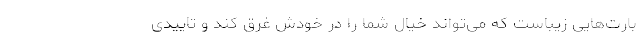
بارت‌هایی زیباست که می‌تواند خیال شما را در خودش غرق کند و تاییدی